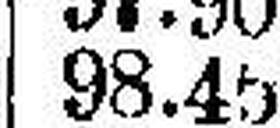
98.45